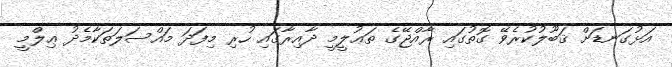
އަޅުގަނޑަށް ޤަބޫލުކުރެވޭ ގޮތުގައި ރާއްޖޭގެ ތަޢުލީމީ ދާއިރާގައި ހުރި މިފަދަ މައްސަލަތަކާމެދު ޢިލްމީ